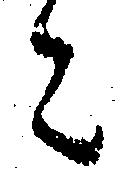
ニ